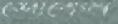
শোকেন